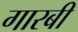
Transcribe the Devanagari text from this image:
गारबी